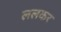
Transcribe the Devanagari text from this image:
ललकर